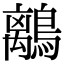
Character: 𪅆